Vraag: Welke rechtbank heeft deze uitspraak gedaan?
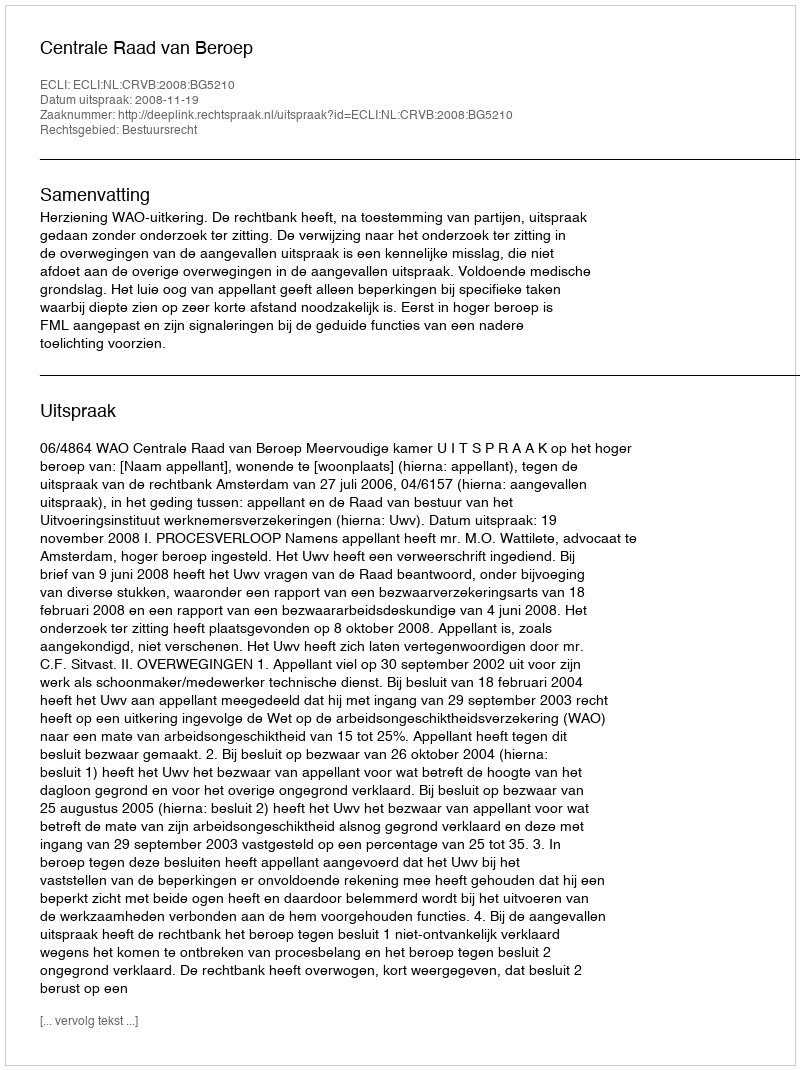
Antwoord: Centrale Raad van Beroep